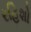
રહિશો